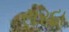
સરદા